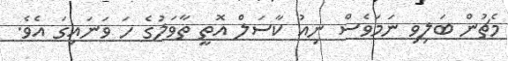
މެޗުން ބަލިވި ނަމަވެސް ނިއު ކާސަލް އޮތީ ތާވަލުގެ ހަ ވަނައިގަ އެވެ.